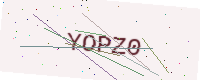
Text: YOPZ0